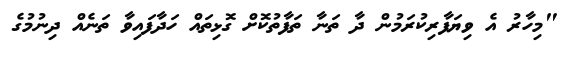
"މިހާރު އެ ވިޔަފާރިކުރަމުން ދާ ތަނާ ތަފާތުކޮށް ގޮޅިތައް ހަދާފައިވާ ތަނެއް ދިނުމުގެ